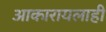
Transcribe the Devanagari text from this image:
आकारायलाही